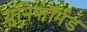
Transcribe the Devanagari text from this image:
युनिफॉर्मड